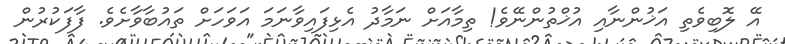
އޭ ލޮބިވެތި އަޚުންނާއި އުޚްތުންނޭވެ! ތިމާއަށް ނަމާދު އެޅިފައިވާނަމަ އަވަހަށް ތައުބާވާށެވެ. ފާފަކުރުން